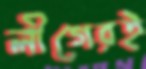
লীগেরই